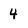
Character: 4